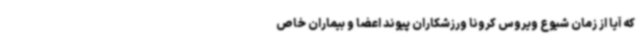
که آیا از زمان شیوع ویروس کرونا ورزشکاران پیوند اعضا و بیماران خاص